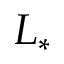
L _ { * }